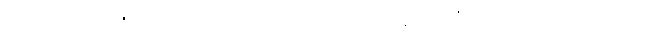
တိလောကဝိဇယ စကြဝတေးမင်း ဖြစ်စဉ် လွန်လေပြီးသော ဘုရားရှင်များ